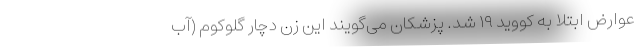
عوارض ابتلا به کووید ۱۹ شد. پزشکان می‌گویند این زن دچار گلوکوم (آب